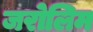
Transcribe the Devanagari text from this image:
जरोलिम